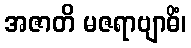
အဇာတိ မဇရာဗျာဓိံ၊